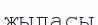
жыласы